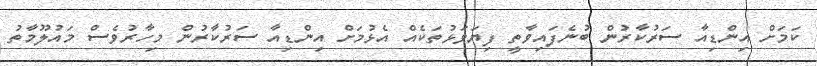
ކަމަށް އިންޑިއާ ސަރުކާރުން ބުނެފައިވާތީ ފިޔަވަޅުތަކެއް އެޅުމަށް އިންޑިއާ ސަރުކާރުން މިހާރުވެސް މައުލޫމާތު